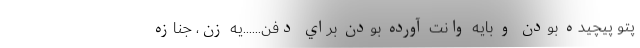
پتو پيچيده بودن و بايه وانت آورده بودن براي دفن......يه زن، جنازه